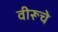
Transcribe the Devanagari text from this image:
वीरूचे